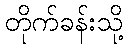
တိုက်ခန်းသို့